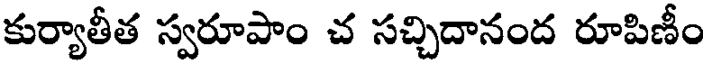
కుర్యాతీత స్వరూపాం చ సచ్చిదానంద రూపిణీం